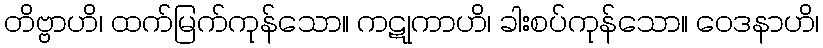
တိဗ္ဗာဟိ၊ ထက်မြက်ကုန်သော။ ကဋုကာဟိ၊ ခါးစပ်ကုန်သော။ ဝေဒနာဟိ၊